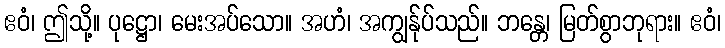
ဧဝံ၊ ဤသို့။ ပုဋ္ဌော၊ မေးအပ်သော။ အဟံ၊ အကျွန်ုပ်သည်။ ဘန္တေ၊ မြတ်စွာဘုရား။ ဧဝံ၊